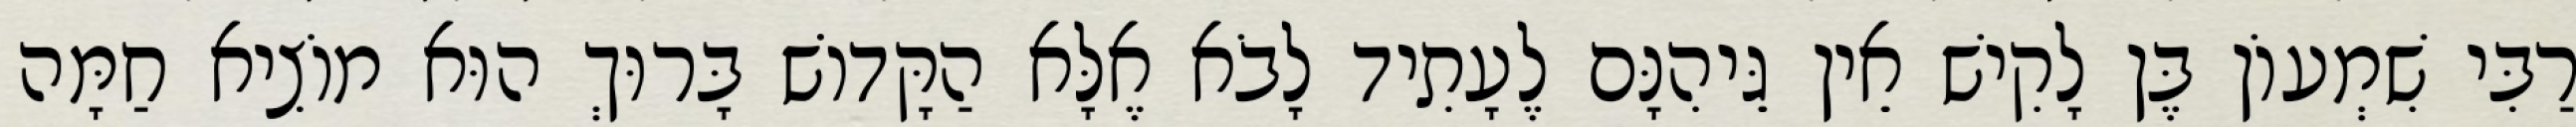
רַבִּי שִׁמְעוֹן בֶּן לָקִישׁ אֵין גֵּיהִנָּם לֶעָתִיד לָבֹא אֶלָּא הַקָּדוֹשׁ בָּרוּךְ הוּא מוֹצִיא חַמָּה